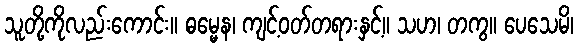
သူတို့ကိုလည်းကောင်း။ ဓမ္မေန၊ ကျင့်ဝတ်တရားနှင့်။ သဟ၊ တကွ။ ပေသေမိ၊